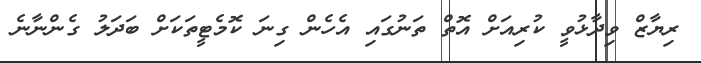
ރިޔާޒް ވިދާޅުވީ ކުރިއަށް އޮތް ތަނުގައި އެހެން ގިނަ ކޮމެޓީތަކަށް ބަދަލު ގެންނާނެ